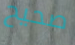
صحيح